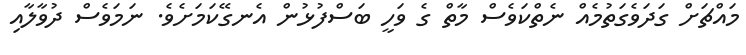
މައްޗަށް ގަދަވެގަތުމެއް ނެތްކަވެސް މާތް ގެ ވަހީ ބަސްފުޅުން އެނގޭކަމަށެވެ. ނަމަވެސް ދުވާލާއި